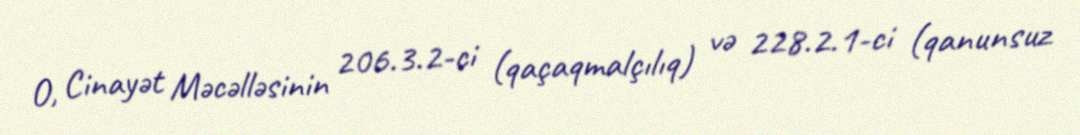
O, Cinayət Məcəlləsinin 206.3.2-ci (qaçaqmalçılıq) və 228.2.1-ci (qanunsuz